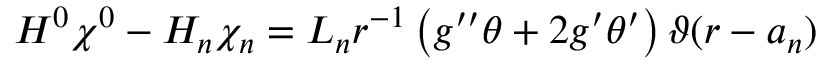
H ^ { 0 } \chi ^ { 0 } - H _ { n } \chi _ { n } = L _ { n } r ^ { - 1 } \left( g ^ { \prime \prime } \theta + 2 g ^ { \prime } \theta ^ { \prime } \right) \vartheta ( r - a _ { n } )